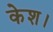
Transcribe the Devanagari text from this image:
केश।